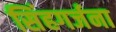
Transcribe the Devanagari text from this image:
सिंहगर्जना